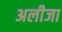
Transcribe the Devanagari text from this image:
अलीजा